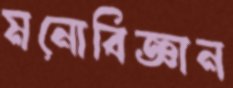
মনোবিজ্ঞান